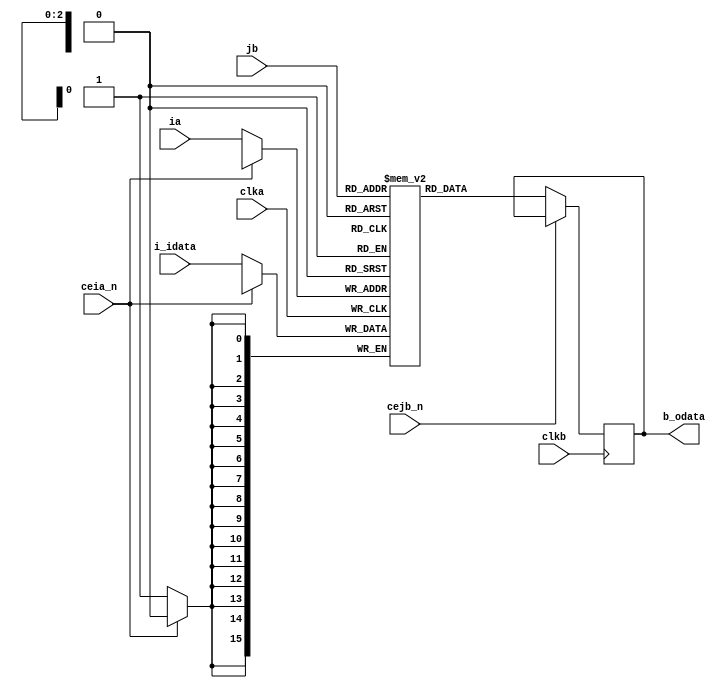
module rpc2_ctrl_dpram_generator #(
    parameter FIFO_ADDR_BITS = 32'd3,
    parameter FIFO_DATA_WIDTH = 32'd16,
    parameter DPRAM_MACRO = 1'd0,      // 0=not used, 1=used macro
    parameter DPRAM_MACRO_SIZE = 4'd0, // 0=AW, 1=AR, 2=AWID, 3=ARID, 4=WID, 5=WDAT, 6=RDAT, 7=BDAT, 8=RX, 9=ADR
    parameter DPRAM_MACRO_TYPE = 1'd0  // 0=type-A(STD), 1=type-B(LowLeak)
)(
    // Outputs
    b_odata, 
    // Inputs
    clka, clkb, ceia_n, cejb_n, ia, jb, i_idata
);
    localparam  STD_CELL      = 1'd0;
    localparam  LOW_LEAK_CELL = 1'd1;
    localparam  AW_FIFO       = 4'd0;
    localparam  AR_FIFO       = 4'd1;
    localparam  AWID_FIFO     = 4'd2;
    localparam  ARID_FIFO     = 4'd3;
    localparam  WID_FIFO      = 4'd4;
    localparam  WDAT_FIFO     = 4'd5;
    localparam  RDAT_FIFO     = 4'd6;
    localparam  BDAT_FIFO     = 4'd7;
    localparam  RX_FIFO       = 4'd8;
    localparam  ADR_FIFO      = 4'd9;
    localparam  AWR_FIFO      = 4'd10;

    localparam  BUS_LOW       = {FIFO_DATA_WIDTH{1'b0}};
    localparam  SIG_LOW       = 1'b0;
    localparam  SIG_HIGH      = 1'b1;

    output  wire    [FIFO_DATA_WIDTH-1:0] b_odata;  // b port output data

    input   wire    clka;                           // a port clock
    input   wire    clkb;                           // b port clock
    input   wire    ceia_n;                         // a port chip enable signal
    input   wire    cejb_n;                         // b port chip enable signal
    input   wire    [FIFO_ADDR_BITS-1:0] ia;        // a port address
    input   wire    [FIFO_ADDR_BITS-1:0] jb;        // b port address
    input   wire    [FIFO_DATA_WIDTH-1:0] i_idata;  // a port input data

    generate
    if(DPRAM_MACRO == 0) begin
        if((DPRAM_MACRO_SIZE == WDAT_FIFO) || (DPRAM_MACRO_SIZE == RDAT_FIFO) || (DPRAM_MACRO_SIZE == RX_FIFO)) begin
            reg     [(FIFO_DATA_WIDTH/2)-1:0] mem_h[0:(1<<FIFO_ADDR_BITS)-1];
            reg     [(FIFO_DATA_WIDTH/2)-1:0] mem_l[0:(1<<FIFO_ADDR_BITS)-1];
            reg     [FIFO_DATA_WIDTH-1:0] int_b_odata; // b port output data

            assign b_odata = int_b_odata;

            always @(posedge clka) begin
                if (!ceia_n) begin
                    mem_h[ia] <= i_idata[FIFO_DATA_WIDTH-1:FIFO_DATA_WIDTH/2];
                    mem_l[ia] <= i_idata[(FIFO_DATA_WIDTH/2)-1:0];
                end // if !ceia_n
            end

            always @(posedge clkb) begin
                if (!cejb_n) begin
                    int_b_odata[FIFO_DATA_WIDTH-1:FIFO_DATA_WIDTH/2] <= mem_h[jb];
                    int_b_odata[(FIFO_DATA_WIDTH/2)-1:0]             <= mem_l[jb];
                end // if !cejb_n
            end
        end
        else begin
            reg     [FIFO_DATA_WIDTH-1:0] mem[0:(1<<FIFO_ADDR_BITS)-1];
//            reg     [FIFO_DATA_WIDTH-1:0] int_a_odata; // a port output data
            reg     [FIFO_DATA_WIDTH-1:0] int_b_odata; // b port output data

//            assign a_odata = int_a_odata;
            assign b_odata = int_b_odata;

            always @(posedge clka) begin
                if (!ceia_n) begin
//                    if(wei_n)   int_a_odata <= mem[ia];
//                    else        mem[ia] <= (~dmi & i_idata) | (dmi & mem[ia]);
                    mem[ia] <= i_idata;
                end // if !ceia_n
            end

            always @(posedge clkb) begin
                if (!cejb_n) begin
//                    if(wej_n)   int_b_odata <= mem[jb];
//                    else        mem[jb] <= (~dmj & j_idata) | (dmj & mem[jb]);
                    int_b_odata <= mem[jb];
                end // if !cejb_n
            end
        end
    end // if DPRAM_MACRO == 0
    else if(DPRAM_MACRO == 1) begin
        case(DPRAM_MACRO_TYPE)
        STD_CELL: begin
            case(DPRAM_MACRO_SIZE)
            AW_FIFO: begin
            /***************************************************************************/
            /* Please describe the instance (type-A) of AW_FIFO (44bit x 16word) here. */
            /***************************************************************************/
                end
            AR_FIFO: begin
            /***************************************************************************/
            /* Please describe the instance (type-A) of AR_FIFO (44bit x 16word) here. */
            /***************************************************************************/
                end
            AWID_FIFO: begin
            /********************************************************************************/
            /* Please describe the instance (type-A) of AWID_FIFO (ID width x 16word) here. */
            /********************************************************************************/
                end
            ARID_FIFO: begin
            /****************************************************************************************/
            /* Please describe the instance (type-A) of ARID_FIFO ((14bit+ID width) x 16word) here. */
            /****************************************************************************************/
                end
            WID_FIFO: begin
            /*******************************************************************************/
            /* Please describe the instance (type-A) of WID_FIFO (ID width x 16word) here. */
            /*******************************************************************************/
                end
            WDAT_FIFO: begin
            /******************************************************************************/
            /* Please describe the instance (type-A) of WDAT_FIFO (40bit x 128word) here. */
            /******************************************************************************/
                end
            RDAT_FIFO: begin
            /******************************************************************************/
            /* Please describe the instance (type-A) of RDAT_FIFO (40bit x 128word) here. */
            /******************************************************************************/
                end
            BDAT_FIFO: begin
            /****************************************************************************/
            /* Please describe the instance (type-A) of BDAT_FIFO (2bit x 16word) here. */
            /****************************************************************************/
                end
            RX_FIFO: begin
            /****************************************************************************/
            /* Please describe the instance (type-A) of RX_FIFO (20bit x 256word) here. */
            /****************************************************************************/
                end
            ADR_FIFO: begin
            /****************************************************************************/
            /* Please describe the instance (type-A) of RX_FIFO (46bit x 16word) here. */
            /****************************************************************************/
                end
            AWR_FIFO: begin
            /****************************************************************************/
            /* Please describe the instance (type-A) of AWR_FIFO (45bit x 16word) here. */
            /****************************************************************************/
                end
            default: ;
            endcase // case DPRAM_MACRO_SIZE
        end
        LOW_LEAK_CELL: begin
            case(DPRAM_MACRO_SIZE)
            AW_FIFO: begin
            /***************************************************************************/
            /* Please describe the instance (type-B) of AW_FIFO (44bit x 16word) here. */
            /***************************************************************************/
                end
            AR_FIFO: begin
            /***************************************************************************/
            /* Please describe the instance (type-B) of AR_FIFO (44bit x 16word) here. */
            /***************************************************************************/
                end
            AWID_FIFO: begin
            /********************************************************************************/
            /* Please describe the instance (type-B) of AWID_FIFO (ID width x 16word) here. */
            /********************************************************************************/
                end
            ARID_FIFO: begin
            /****************************************************************************************/
            /* Please describe the instance (type-B) of ARID_FIFO ((14bit+ID width) x 16word) here. */
            /****************************************************************************************/
                end
            WID_FIFO: begin
            /*******************************************************************************/
            /* Please describe the instance (type-B) of WID_FIFO (ID width x 16word) here. */
            /*******************************************************************************/
                end
            WDAT_FIFO: begin
            /******************************************************************************/
            /* Please describe the instance (type-B) of WDAT_FIFO (40bit x 128word) here. */
            /******************************************************************************/
                end
            RDAT_FIFO: begin
            /******************************************************************************/
            /* Please describe the instance (type-B) of RDAT_FIFO (40bit x 128word) here. */
            /******************************************************************************/
                end
            BDAT_FIFO: begin
            /****************************************************************************/
            /* Please describe the instance (type-B) of BDAT_FIFO (2bit x 16word) here. */
            /****************************************************************************/
                end
            RX_FIFO: begin
            /****************************************************************************/
            /* Please describe the instance (type-B) of RX_FIFO (20bit x 256word) here. */
            /****************************************************************************/
                end
            ADR_FIFO: begin
            /****************************************************************************/
            /* Please describe the instance (type-B) of RX_FIFO (46bit x 16word) here. */
            /****************************************************************************/
                end
            AWR_FIFO: begin
            /****************************************************************************/
            /* Please describe the instance (type-B) of AWR_FIFO (45bit x 16word) here. */
            /****************************************************************************/
                end
            default: ;
            endcase // case DPRAM_MACRO_SIZE
        end
        default: ;
        endcase // case DPRAM_MACRO_TYPE
    end // else if DPRAM_MACRO == 1
    endgenerate
endmodule